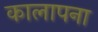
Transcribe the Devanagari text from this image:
कालापना